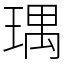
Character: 㻦